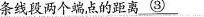
条线段两个端点的距离\underline{③}